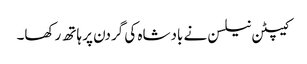
کیپٹن نیلسن نے بادشاہ کی گردن پر ہاتھ رکھا۔